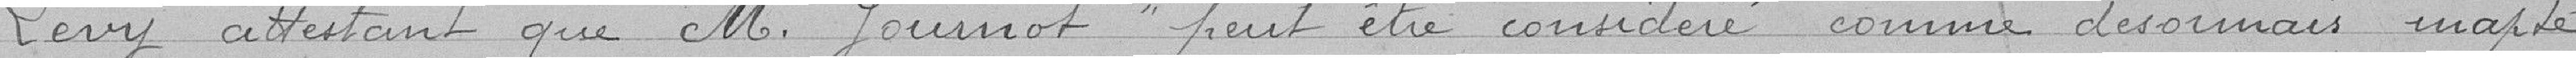
Lévy attestant que M Journot pet être considéré comme désormais inapte